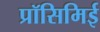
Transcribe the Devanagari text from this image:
प्रॉसिमिई